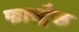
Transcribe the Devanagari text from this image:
फास्ट्रैक